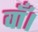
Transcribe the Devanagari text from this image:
वाँ।